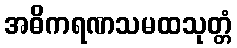
အဓိကရဏသမထသုတ္တံ